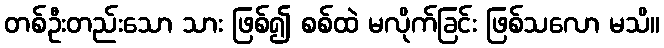
တစ်ဦးတည်းသော သား ဖြစ်၍ စစ်ထဲ မလိုက်ခြင်း ဖြစ်သလော မသိ။